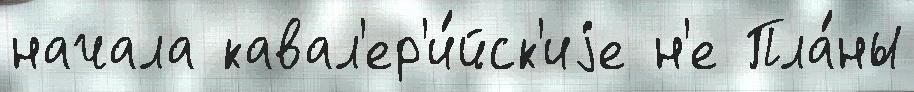
начала кавал'ер'и́йск'иjе н'е Пла́ны